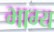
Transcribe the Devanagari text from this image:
भाग्‍य